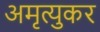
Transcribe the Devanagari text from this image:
अमृत्युकर